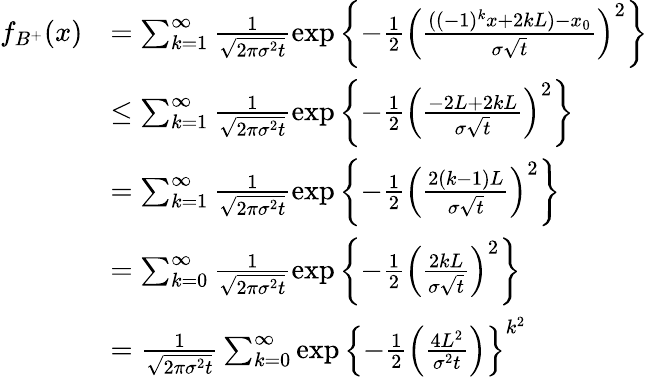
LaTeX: \begin{array}{rl}{f_{B^{+}}(x)}&{=\sum_{k=1}^{\infty}\frac{1}{\sqrt{2\pi\sigma^{2}t}}\exp\left\lbrace-\frac{1}{2}\left(\frac{((-1)^{k}x+2kL)-x_{0}}{\sigma\sqrt{t}}\right)^{2}\right\rbrace}\\ &{\leq\sum_{k=1}^{\infty}\frac{1}{\sqrt{2\pi\sigma^{2}t}}\exp\left\lbrace-\frac{1}{2}\left(\frac{-2L+2kL}{\sigma\sqrt{t}}\right)^{2}\right\rbrace}\\ &{=\sum_{k=1}^{\infty}\frac{1}{\sqrt{2\pi\sigma^{2}t}}\exp\left\lbrace-\frac{1}{2}\left(\frac{2(k-1)L}{\sigma\sqrt{t}}\right)^{2}\right\rbrace}\\ &{=\sum_{k=0}^{\infty}\frac{1}{\sqrt{2\pi\sigma^{2}t}}\exp\left\lbrace-\frac{1}{2}\left(\frac{2kL}{\sigma\sqrt{t}}\right)^{2}\right\rbrace}\\ &{=\frac{1}{\sqrt{2\pi\sigma^{2}t}}\sum_{k=0}^{\infty}\exp\left\lbrace-\frac{1}{2}\left(\frac{4L^{2}}{\sigma^{2}t}\right)\right\rbrace^{k^{2}}}\end{array}